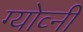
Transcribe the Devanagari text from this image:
ग्योव्नी